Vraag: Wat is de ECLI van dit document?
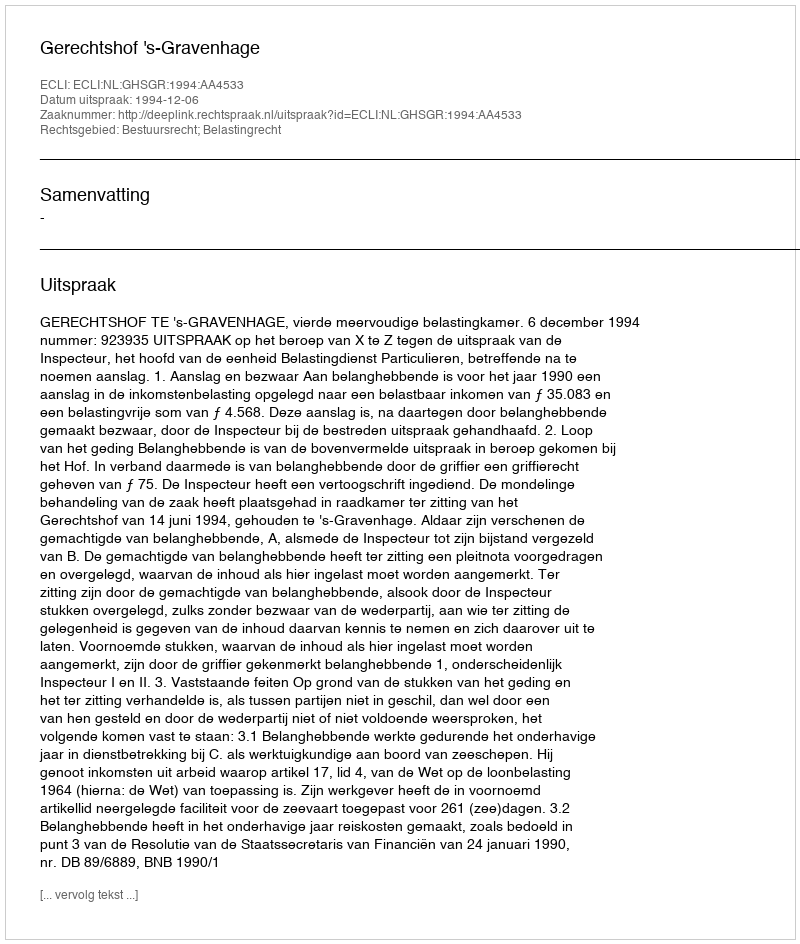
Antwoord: ECLI:NL:GHSGR:1994:AA4533